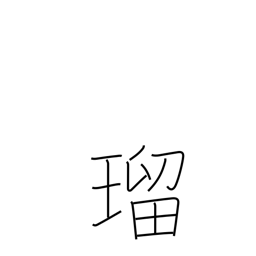
Meaning: lapis lazuli